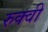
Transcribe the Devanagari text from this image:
रुक्‍वी